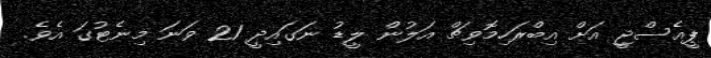
ޕީއެސްޖީ އަށް އިބްރަހިމޮވިޗް އަލުން ލީޑު ނަގައިދީ 21 ވަނަ މިނެޓުގަ އެވެ.